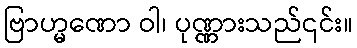
ဗြာဟ္မဏော ဝါ၊ ပုဏ္ဏားသည်၎င်း။